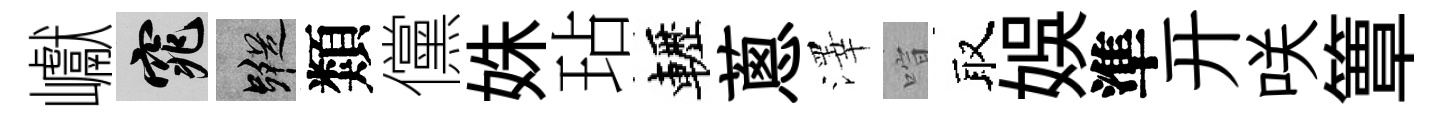
巘窕蹤類儻姝玷轣蔥澤喧取娱準开咲簟